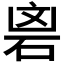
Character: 𮀘